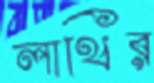
লাথির